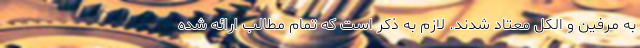
به مرفین و الکل معتاد شدند. لازم به ذکر است که تمام مطالب ارائه شده